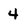
Character: 4